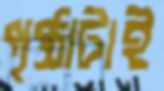
পৃষ্ঠাটাই